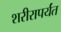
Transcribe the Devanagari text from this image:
शरीरापर्यंत